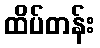
ထိပ်တန်း